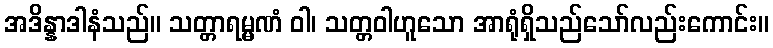
အဒိန္နာဒါနံသည်။ သတ္တာရမ္မဏံ ဝါ၊ သတ္တဝါဟူသော အာရုံရှိသည်သော်လည်းကောင်း။